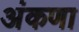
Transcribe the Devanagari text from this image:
अंकणा